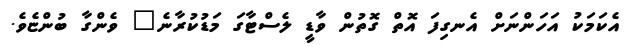
އެކަމަކު އަހަންނަށް އެނގިފަ އޮތް ގޮތުން ވާޑީ ލެސްޓާގަ މަޑުކުރާނެ" ވެންގާ ބުންޏެވެ.